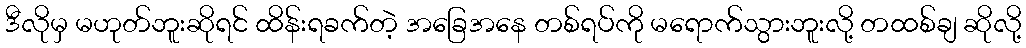
ဒီလိုမှ မဟုတ်ဘူးဆိုရင် ထိန်းရခက်တဲ့ အခြေအနေ တစ်ရပ်ကို မရောက်သွားဘူးလို့ တထစ်ချ ဆိုလို့